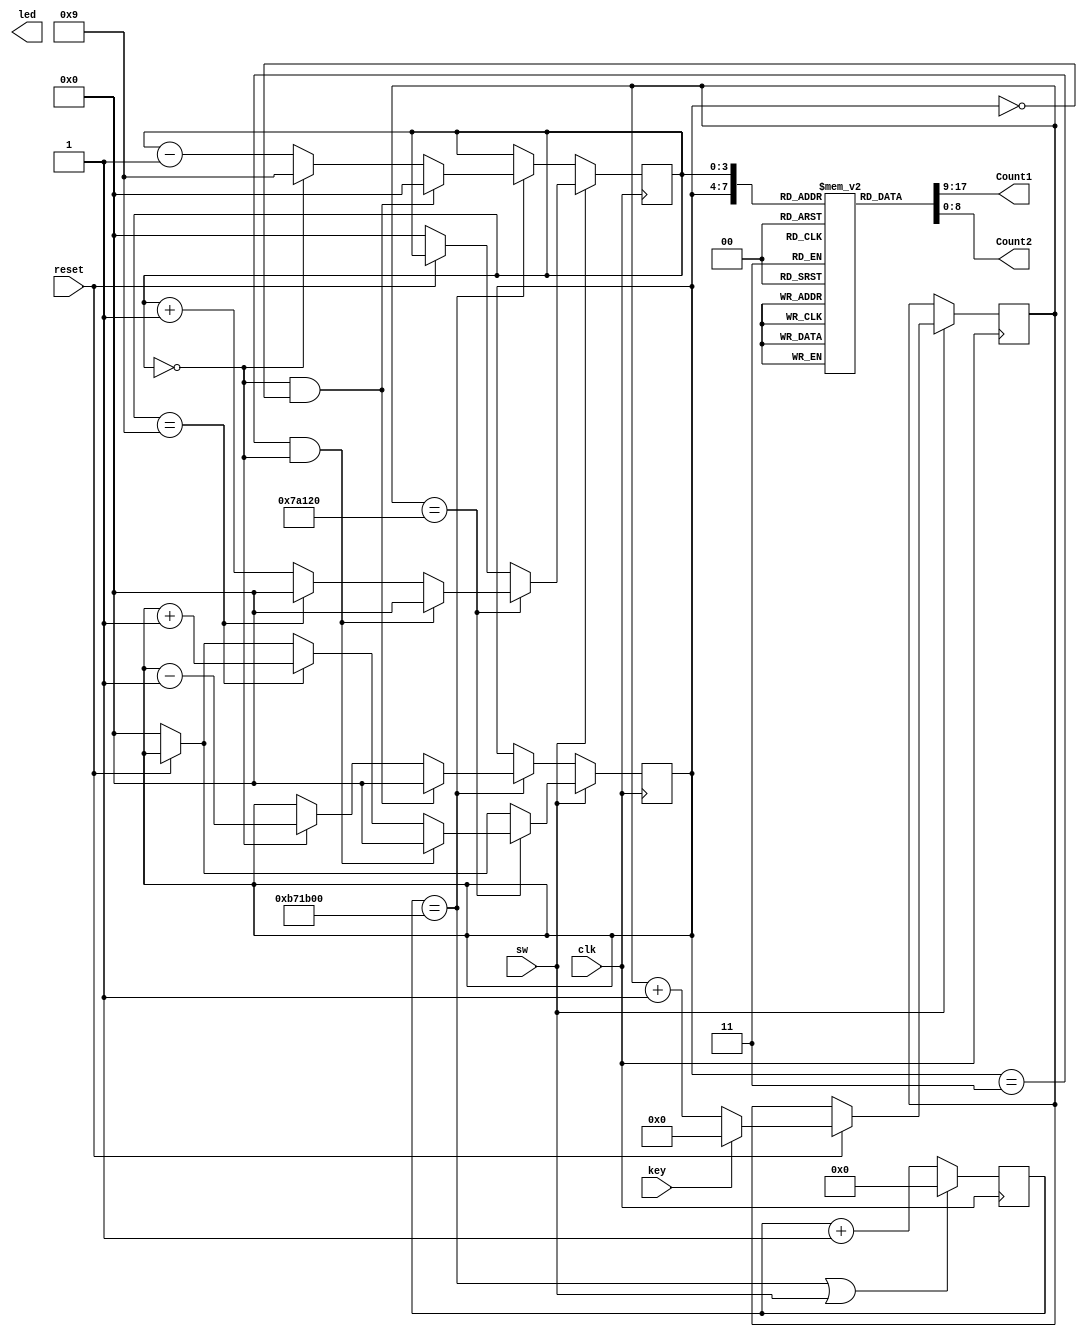
module DTOUCH
(
    input                clk,
    input                key,
	 input                reset,
	 input                sw,
    output [3:0]         led,
	 output [8:0]         Count1,
    output [8:0]         Count2
	 
);  

     reg [3:0] count;
     reg [31:0] timer;
	  reg [8:0] num [9:0];
     reg [3:0] count1=4'b0000;
     reg [3:0] count2=4'b0000;

initial                                                                                                                           
  begin
    num[0] = 9'h3f;                                    
	 num[1] = 9'h06;                                         
	 num[2] = 9'h5b;                                       
	 num[3] = 9'h4f;                                           
	 num[4] = 9'h66;                                        
	 num[5] = 9'h6d;                                         
	 num[6] = 9'h7d;                                           
	 num[7] = 9'h07;                                           
	 num[8] = 9'h7f;                                          
	 num[9] = 9'h6f;                                           
  end 	  
	  
	  reg [23:0] cnt;
	  always@(posedge clk)
	  begin
	  if(cnt==24'd12000000||sw)
			cnt<=0;
		else
			cnt<=cnt+1;
	  end
	  
	  
	  
  always@(posedge clk)
  begin    
	 if(sw)
	 begin
		if(reset ==1'b0)
			begin
				count1<=4'b0000;
				count2<=4'b0000;
			end
		else
	    if(key == 1'b0)
            timer <= timer + 24'd1;
       else
            timer <= 31'd0;    
       if(timer == 31'd500_000)
          begin 
			  if(count1==4'b0011&&count2==4'b0000)
	            begin
		            count1<=4'b0000;
		            count2<=4'b0000;
	            end
	        else
			   begin
			    if(count2==4'b1001)
		          begin
			         count1<=count1+4'b0001;
			         count2<=4'b0000;
		          end
		       else 
		          begin
			         count2<=count2+4'b0001;
			       end
				end
			  end
			end
	 else
	 begin
	 if(cnt==24'd12000000)
		if(count2==0&&count1==0)
		begin
			count1<=0;
			count2<=0;
		end
		else
		begin
		  if(count2==0)
		  begin
			count1<=count1-1;
			count2<=4'b1001;
		  end
		  else
		  begin
		   count2<=count2-1;
		  end
      end
	end
  end
     assign Count1=num[count1];
     assign Count2=num[count2];
	  
endmodule